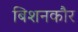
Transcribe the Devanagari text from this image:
बिशनकौर